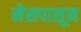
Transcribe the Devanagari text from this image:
मेसपासून